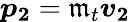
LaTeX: {\boldsymbol{p}}_{\boldsymbol{2}}=\mathfrak{m}_{t}{\boldsymbol{v}}_{\boldsymbol{2}}